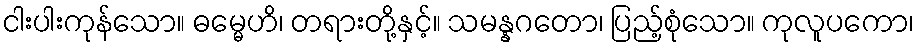
ငါးပါးကုန်သော။ ဓမ္မေဟိ၊ တရားတို့နှင့်။ သမန္နဂတော၊ ပြည့်စုံသော။ ကုလူပကော၊